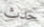
حدث